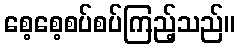
စေ့စေ့စပ်စပ်ကြည့်သည်။